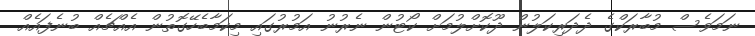
ނަމަވެސް މުބާރަކްގެ ދެދަރިކަލުން ދޫކޮށްލުމަށް ކޯޓުން ނެރުނު އަމުރުގައި މިކަމާބެހޭގޮތުން އެއްޗެއް ބުނެފައެއް